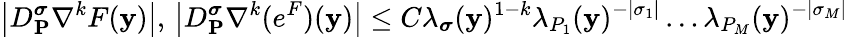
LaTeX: \big|D_{\mathbf{P}}^{\boldsymbol{\sigma}}\nabla^{k}F(\mathbf{y})\big|,\, \big|D_{\mathbf{P}}^{\boldsymbol{\sigma}}\nabla^{k}(e^{F})(\mathbf{y})\big|\le C\lambda_{\boldsymbol{\sigma}}(\mathbf{y})^{1-k}\lambda_{P_{1}}(\mathbf{y})^{-|\sigma_{1}|}\dots\lambda_{P_{M}}(\mathbf{y})^{-|\sigma_{M}|}